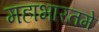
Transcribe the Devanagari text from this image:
महाभारतमे